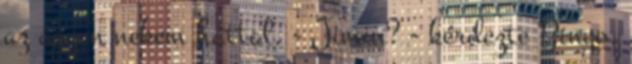
az ágyon nekem háttal. - Jimin? - kérdezte Bingo.